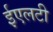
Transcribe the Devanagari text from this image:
ईएलटी